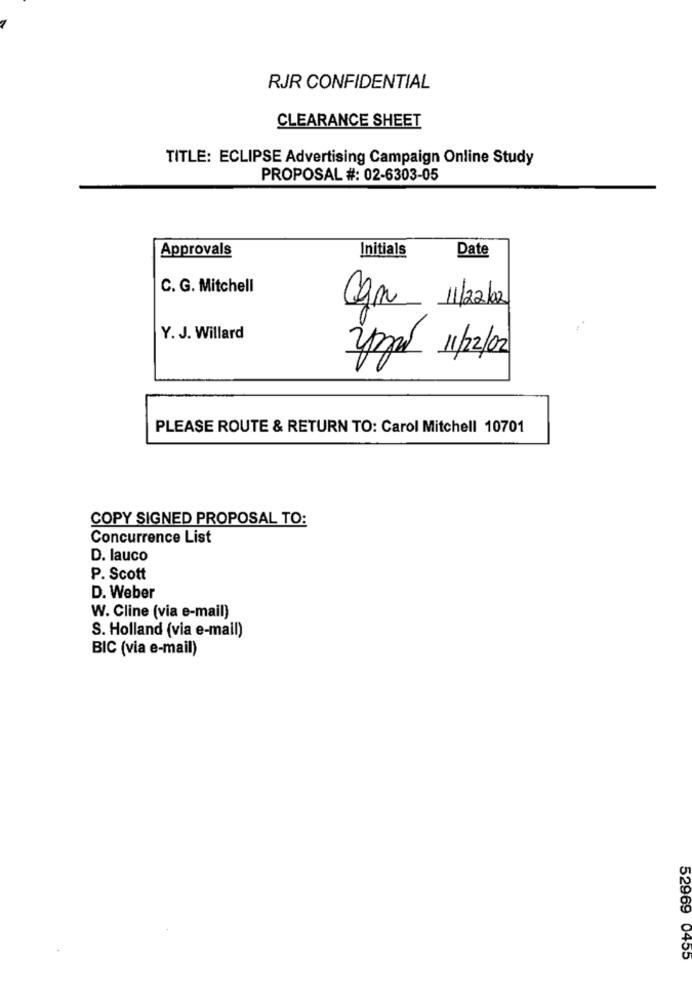
RJR CONFIDENTIAL
CLEARANCE SHEET
TITLE: ECLIPSE Advertising Campaign Online Study
PROPOSAL #: 02-6303-05
Approvals
Initials
Date
C. G. Mitchell
11/2/02
Y. J. Willard
Zzal 11/2/02
PLEASE ROUTE & RETURN TO: Carol Mitchell 10701
COPY SIGNED PROPOSAL TO:
Concurrence List
D. lauco
P. Scott
D. Weber
W. Cline (via e-mail)
S. Holland (via e-mail)
BIC (via e-mail)
52969 0455